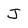
Character: J